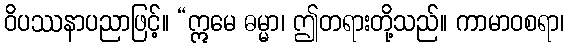
ဝိပဿနာပညာဖြင့်။ “ဣမေ ဓမ္မာ၊ ဤတရားတို့သည်။ ကာမာဝစရာ၊